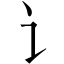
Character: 讠